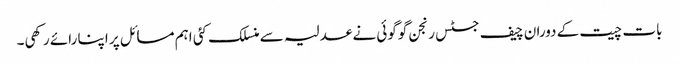
بات چیت کے دوران چیف جسٹس رنجن گوگوئی نے عدلیہ سے منسلک کئی اہم مسائل پر اپنا رائے رکھی۔